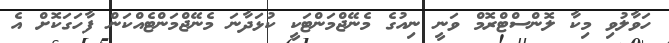
ހަވާލުވި މިކާ ލޮންސްޓްރޮމް ވަނީ ނިއުގެ މެނޭޖްމަންޓަކީ ކުޅަދާނަ މެނޭޖްމަންޓެއްކަން ފާހަގަކޮށް އެ